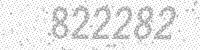
Solution: 822282